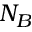
N _ { B }